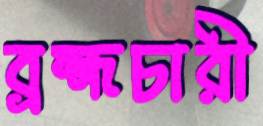
ব্রহ্মচারী